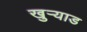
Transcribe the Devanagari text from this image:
खुऱ्याड